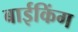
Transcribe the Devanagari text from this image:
बाईकिंग